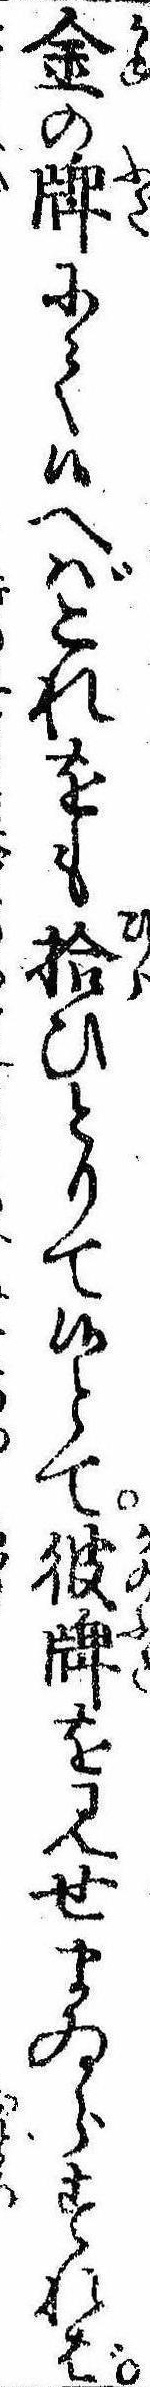
金の牌にて候へばこれをも拾ひとりて候とて彼牌を見せまゐらすれば